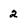
Character: 2